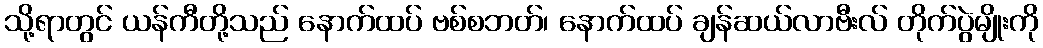
သို့ရာတွင် ယန်ကီတို့သည် နောက်ထပ် ဗစ်စဘတ်၊ နောက်ထပ် ချန်ဆယ်လာဗီးလ် တိုက်ပွဲမျိုးကို